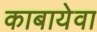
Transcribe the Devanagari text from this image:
काबायेवा